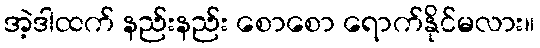
အဲ့ဒါထက် နည်းနည်း စောစော ရောက်နိုင်မလား။